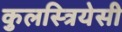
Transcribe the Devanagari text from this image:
कुलस्त्रियेसी